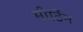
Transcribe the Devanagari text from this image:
मीटिंम